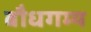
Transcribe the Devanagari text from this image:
बौधगम्य